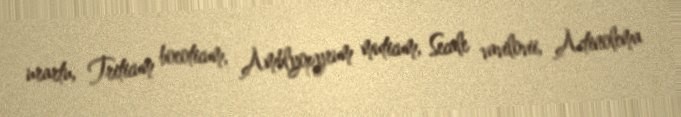
urartu, Triticum boeoticum, Amblyopyrum muticum, Secale vavilovii, Actinolema